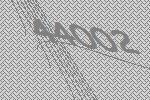
44002